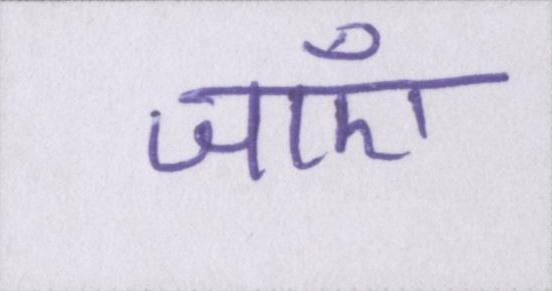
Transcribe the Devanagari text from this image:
जाएँ